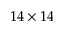
1 4 \times 1 4